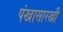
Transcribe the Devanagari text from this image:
पंखासारखी